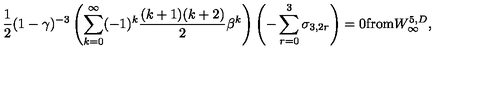
{ \frac { 1 } { 2 } } ( 1 - \gamma ) ^ { - 3 } \left( \sum _ { k = 0 } ^ { \infty } ( - 1 ) ^ { k } { \frac { ( k + 1 ) ( k + 2 ) } { 2 } } \beta ^ { k } \right) \left( - \sum _ { r = 0 } ^ { 3 } \sigma _ { 3 , 2 r } \right) = 0 \mathrm { f r o m } W _ { \infty } ^ { 5 , D } ,